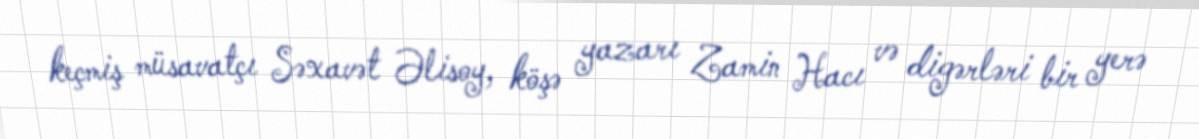
keçmiş müsavatçı Səxavət Əlisoy, köşə yazarı Zamin Hacı və digərləri bir yerə